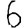
Digit: 6